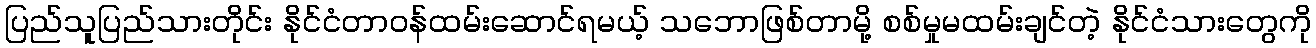
ပြည်သူပြည်သားတိုင်း နိုင်ငံတာဝန်ထမ်းဆောင်ရမယ့် သဘောဖြစ်တာမို့ စစ်မှုမထမ်းချင်တဲ့ နိုင်ငံသားတွေကို